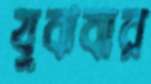
যুঝবার